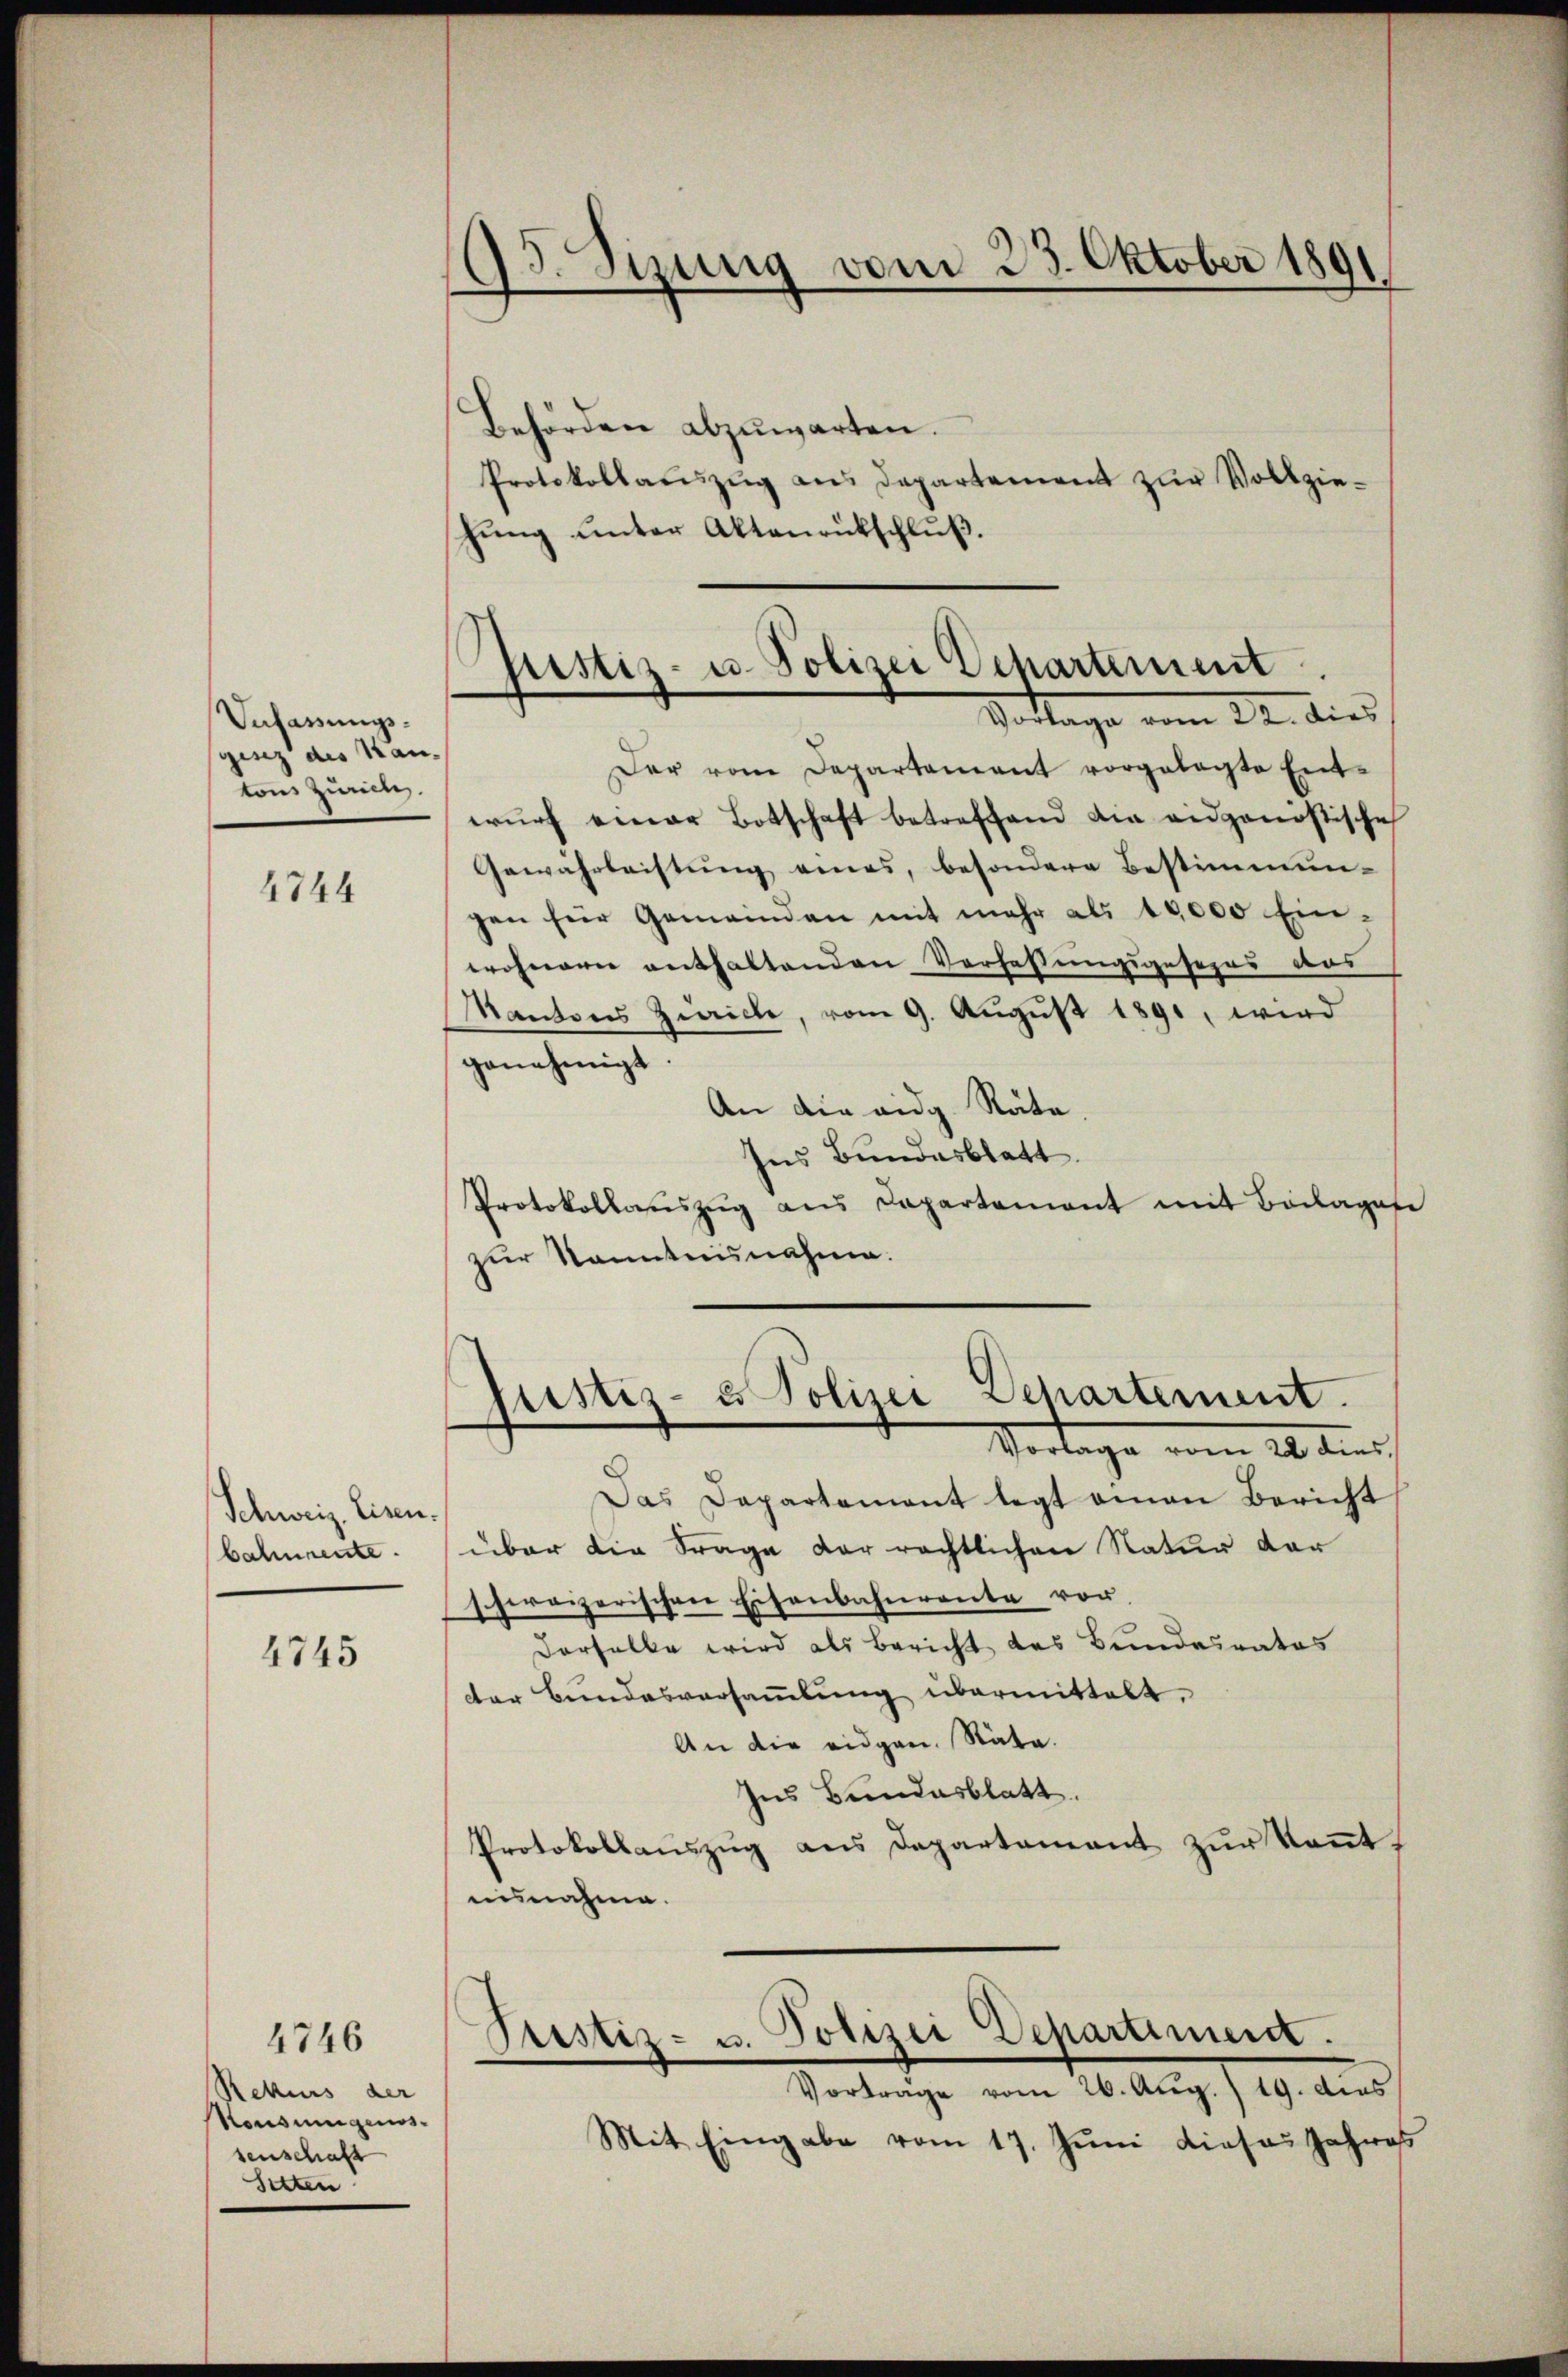
Vufassungsginz des Hau
tons Zimme

4744

Schweiz. Eisen.
bahnente.

4745

Rekurs der
Konsungenossenschaft
Setten

4746

83. Sizung vom 23. Oktober 1891

Gristiz- u. Polizei Departement
Votlage vom 22. dies

Behörden abzuwarten.
Protokollaŭszŭg ans Departement zŭr Vollzie-
schung unter Aktenrückschluß.
Der vom Departament vorgelegte Ent-
wŭrf einer Botschaft betreffend die eidgenostische
Gewährleistŭng eines, besondere Bestimmun-
gen für Gemeinden mit mehr als 10,000 Ein-
wohnern enthaltenden Verfassungsgesezer das
Kantons Zürich, vom 9. Aŭgŭst 1891, wird
genehmigt.
An die eidg. Rate
Ins Bundesblatt.
Protokollaŭszŭg aŭs Capartement mit Beilages
zur Kenntnisnahme.
Justiz- u Polizei Dehartement.
Vorlage vom 18. dies
Das Departement legt einen Bericht
über die Frage der rechtlichen Natur dar
schweizerischen Eisenbahnroute vor.
derselbe wird als Bericht das Bundesrates
der Bundesversaṁlŭng übermittelt.
An die eidgen. Stata.
Ins Bundesblatt.
Protokollaŭszŭg ans Departement zŭr Keṅt,
ausnahme.
Justiz- u. Polizei Departiment.
Vortrage vom 26. Aug. 19. dies
Mit Eingabe vom 17. Juni dieses Jahres